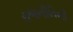
રાજનીતિની